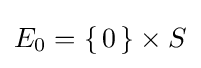
E_{0}=\{\,0\,\}\times S